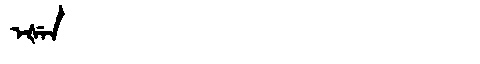
Manchu: ᡝᡧᡝᠨ
Romanization: EŠEN